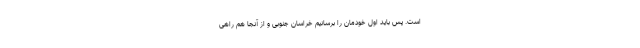
است. پس باید اول خودمان را برسانیم خراسان جنوبی و از آنجا هم راهی